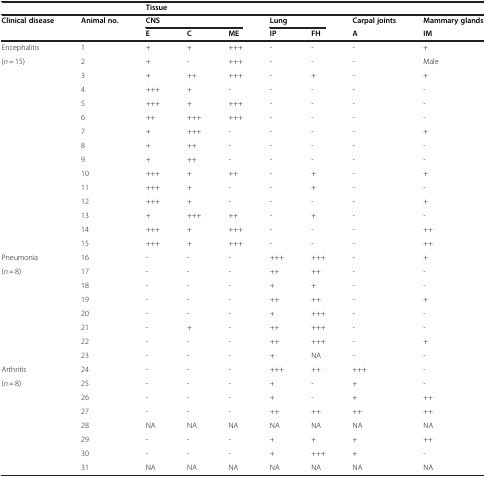
|  |  | <COLSPAN=7> Tissue |
 | Clinical disease | Animal no. | <COLSPAN=3> CNS | <COLSPAN=2> Lung | Carpal joints | Mammary glands |
 |  |  | E | C | ME | IP | FH | A | IM |
 | --- | --- | --- | --- | --- | --- | --- | --- | --- |
 | Encephalitis | 1 | + | + | +++ | - | - | - | + |
 | (n = 15) | 2 | + | - | +++ | - | - | - | Male |
 |  | 3 | + | ++ | +++ | - | + | - | + |
 |  | 4 | +++ | + | - | - | - | - | - |
 |  | 5 | +++ | + | +++ | - | - | - | - |
 |  | 6 | ++ | +++ | +++ | - | - | - | - |
 |  | 7 | + | +++ | - | - | - | - | + |
 |  | 8 | + | ++ | - | - | - | - | - |
 |  | 9 | + | ++ | - | - | - | - | - |
 |  | 10 | +++ | + | ++ | - | + | - | + |
 |  | 11 | +++ | + | - | - | + | - | - |
 |  | 12 | +++ | + | - | - | - | - | + |
 |  | 13 | + | +++ | ++ | - | + | - | - |
 |  | 14 | +++ | + | +++ | - | - | - | ++ |
 |  | 15 | +++ | + | +++ | - | - | - | ++ |
 | Pneumonia | 16 | - | - | - | +++ | +++ | - | + |
 | (n = 8) | 17 | - | - | - | ++ | ++ | - | - |
 |  | 18 | - | - | - | + | + | - | - |
 |  | 19 | - | - | - | ++ | ++ | - | + |
 |  | 20 | - | - | - | + | +++ | - | - |
 |  | 21 | - | + | - | ++ | +++ | - | - |
 |  | 22 | - | - | - | ++ | +++ | - | + |
 |  | 23 | - | - | - | + | NA | - | - |
 | Arthritis | 24 | - | - | - | +++ | ++ | +++ | - |
 | (n = 8) | 25 | - | - | - | + | - | + | - |
 |  | 26 | - | - | - | + | - | + | ++ |
 |  | 27 | - | - | - | ++ | ++ | ++ | ++ |
 |  | 28 | NA | NA | NA | NA | NA | NA | NA |
 |  | 29 | - | - | - | + | + | + | ++ |
 |  | 30 | - | - | - | + | +++ | + | - |
 |  | 31 | NA | NA | NA | NA | NA | NA | NA |